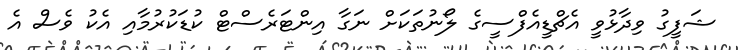
ޝަފީގު ވިދާޅުވީ އެޗްޑީއެފްސީގެ ލޯނުތަކަށް ނަގާ އިންޓަރެސްޓް ކުޑަކުރުމާއި އެކު ވެސް އެ